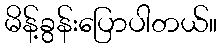
မိန့်ခွန်းပြောပါတယ်။